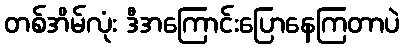
တစ်အိမ်လုံး ဒီအကြောင်းပြောနေကြတာပဲ